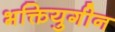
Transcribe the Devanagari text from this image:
भक्तियुगीन